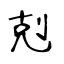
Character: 剋